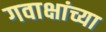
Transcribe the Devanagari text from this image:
गवाक्षांच्या